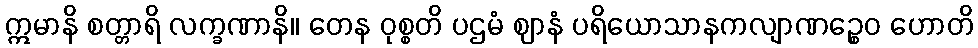
ဣမာနိ စတ္တာရိ လက္ခဏာနိ။ တေန ဝုစ္စတိ ပဌမံ ဈာနံ ပရိယောသာနကလျာဏဉ္စေဝ ဟောတိ